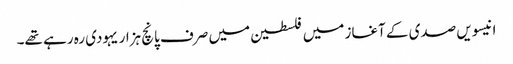
انیسویں صدی کے آغاز میں فلسطین میں صرف پانچ ہزار یہودی رہ رہے تھے۔